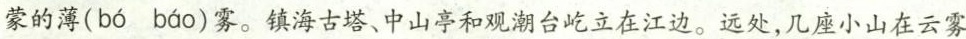
蒙的薄( bó báo )雾。镇海古塔、中山亭和观潮台屹立在江边。远处，几座小山在云雾